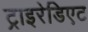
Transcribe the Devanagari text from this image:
ट्राइरेडिएट